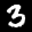
Label: 3